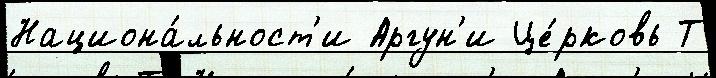
Национа́льност'и Аргун'и Це́рковь Т